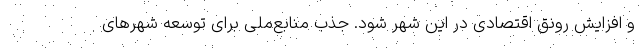
و افزایش رونق اقتصادی در این شهر شود. جذب منابع‌ملی برای توسعه شهرهای